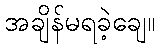
အချိန်မရခဲ့ချေ။